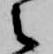
之